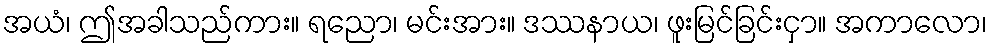
အယံ၊ ဤအခါသည်ကား။ ရညော၊ မင်းအား။ ဒဿနာယ၊ ဖူးမြင်ခြင်းငှာ။ အကာလော၊